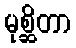
မုစ္ဆိတာ